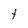
Character: t